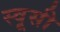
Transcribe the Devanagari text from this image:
स्वूसी